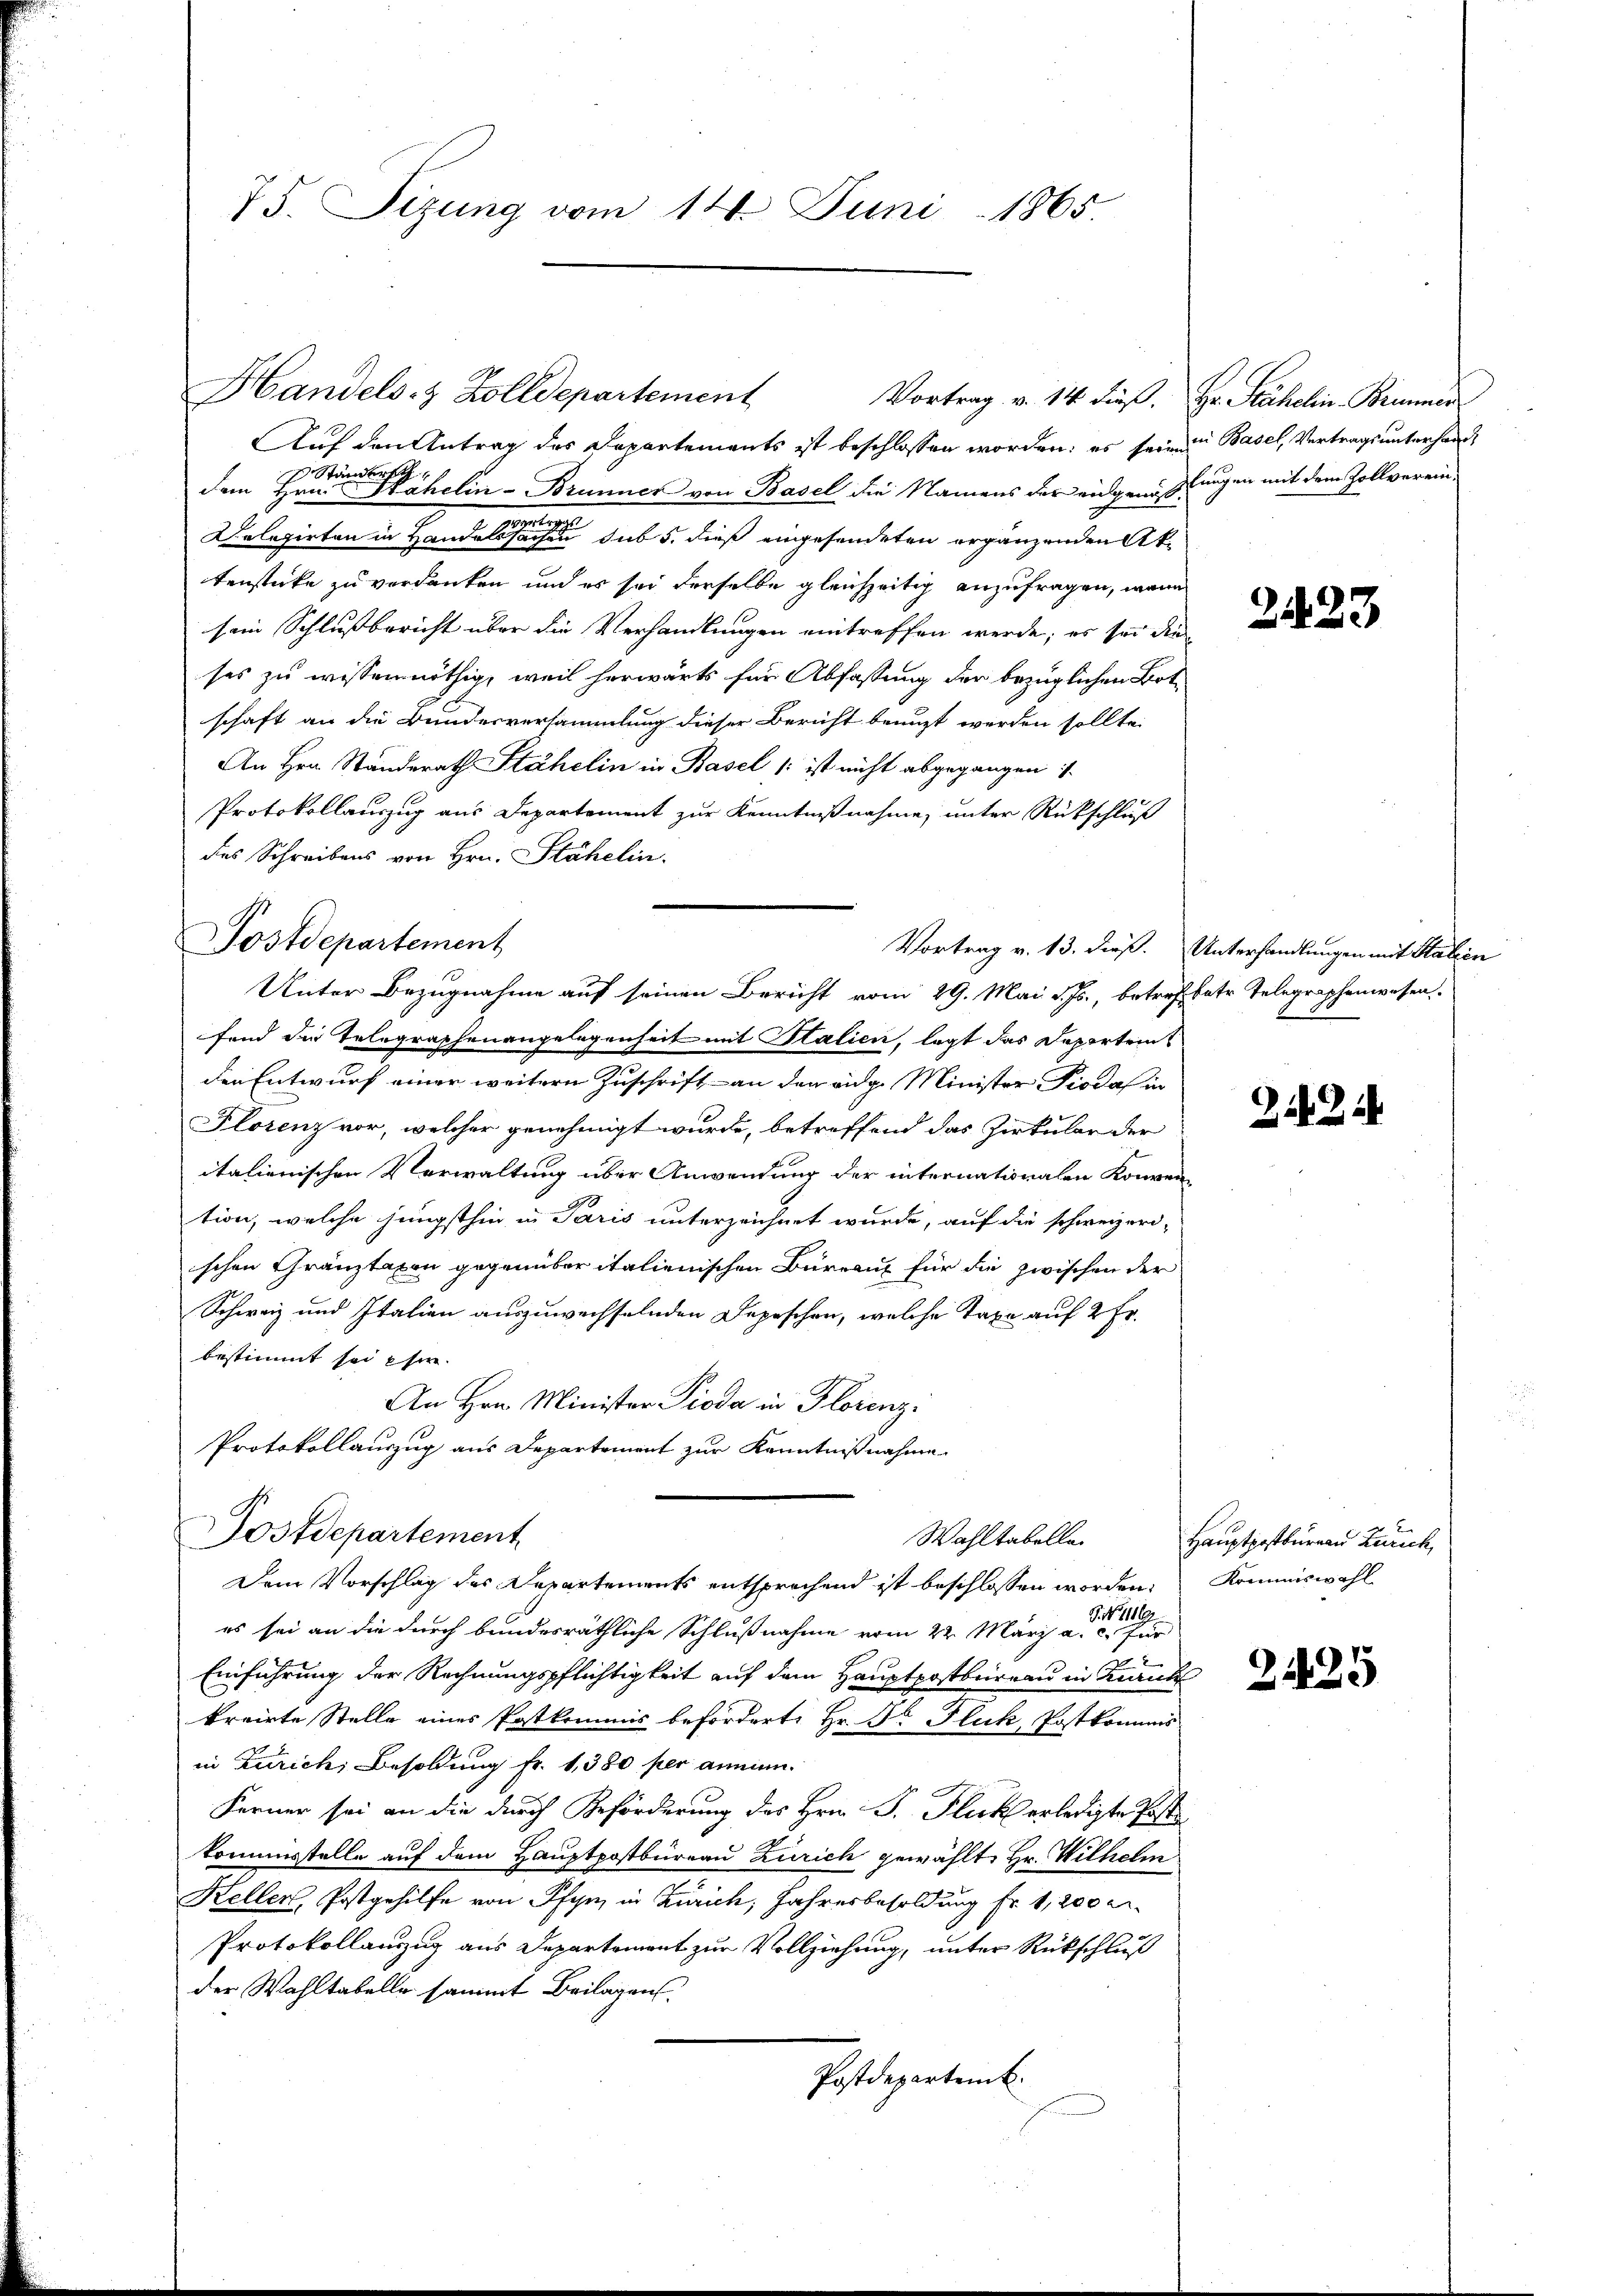
75. Sizung vom 14. Juni 1865

Postdepartement

Handels- & Zolldepartement
Auf den Antrag des Departements ist beschlossen worden; es seinen Basel, Vertrags unterhanddem Herren ehelin - Brunner von Basel die Namens der eidgenoß ungen mit dem Zollverein¬
Delegirten in Handelt es seine er seine sub 5. dieß eingesendeten ergänzenden Aktenstücke zu verdanken und es sei derselbe gleichzeitig anzufragen, wenn
sein Schlussbericht über die Verhandlungen eintreffen werde; es sei die
ses zu wissennöthig, weil herwärts für Abfassung der bezüglichen Bot
schaft an die Bundesversammlung dieser Bericht benuzt werden sollte.
An Hrn. Standerath Stähelin in Basel (: ist nicht abgegangen i
Protokollauszug aus Departement zur Kenntnißnahme, unter Rückschluß
des Schreibens von Hrn. Stähelin.
fond die Telegraphenangelegenheit mit Italien, legt das Departeit
den Entwurf einer weitern Zuschrift – an den eidg. Minister Piodaf in
Florenz vor, welcher genehmigt wurde, betreffend das Zirkular der
italienischen Verwaltung über Anwendung der internationalen Konven
tion, welche jüngsthin in Paris unterzeichnet wurde, auf die schweizeri-
schen Gränztaxen gegenüber italienischen Büreau für die zwischen der
Schweiz und Italien auszuwechselnden Depeschen, welche Taxe auf 2 Fr.
bestimmt sei ehe
An Hrn. Minister Pioda in Florenz
Protokollauszug aus Departement zur Kenntnißnahme
Postdepartement
Wahltabelle
Dem Vorschlag des Departements entsprochend ist beschlossen worden:
es sei an die durch bundesräthliche Schlußnahme vom 22. März a.
Einführung der Rechnungspflichtigkeit auf dem Hauptpostbureau in Zürich
kreirte Stelle eines Patkommis beförderte Hr. Dr. Fluck, Postkommis
in Zürich, Besoldung Fr. 1, 380 per annim
Ferner sei an die durch Beförderung des Hrn. F. Fluck erledigte Postkommestelle auf dem Hauptpostbüreau Zürich gewählte Hr. Wilhelm
Kellen, Postgehilfe von Pfyn, in Zürich, Jahresbesoldung fr. 1, 200 M.
Protokollauszug aus Departement zur Vollziehung, unter Rückschluß
der Wahltabelle sammt Beilagen.
Postdepartemb.

Vortrag v. 14. dieß.

Unter Bezugnahme auf seinen Bericht vom 29. Mai d. Js., betreffeter Telegraphenwesen

Hr. Stähelin. Beimer

2423

Vortrag v. 13. dieß. Unterhandlungen mit Stalien

2

Hauptpostbureau Zürich,
Kommiswahl

2425